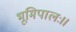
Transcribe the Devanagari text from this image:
भूमिपालः।।